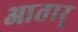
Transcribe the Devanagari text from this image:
आतार्